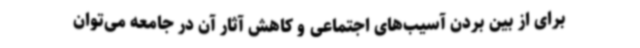
برای از بین بردن آسیب‌های اجتماعی و کاهش آثار آن در جامعه می‌توان